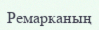
Ремарканың